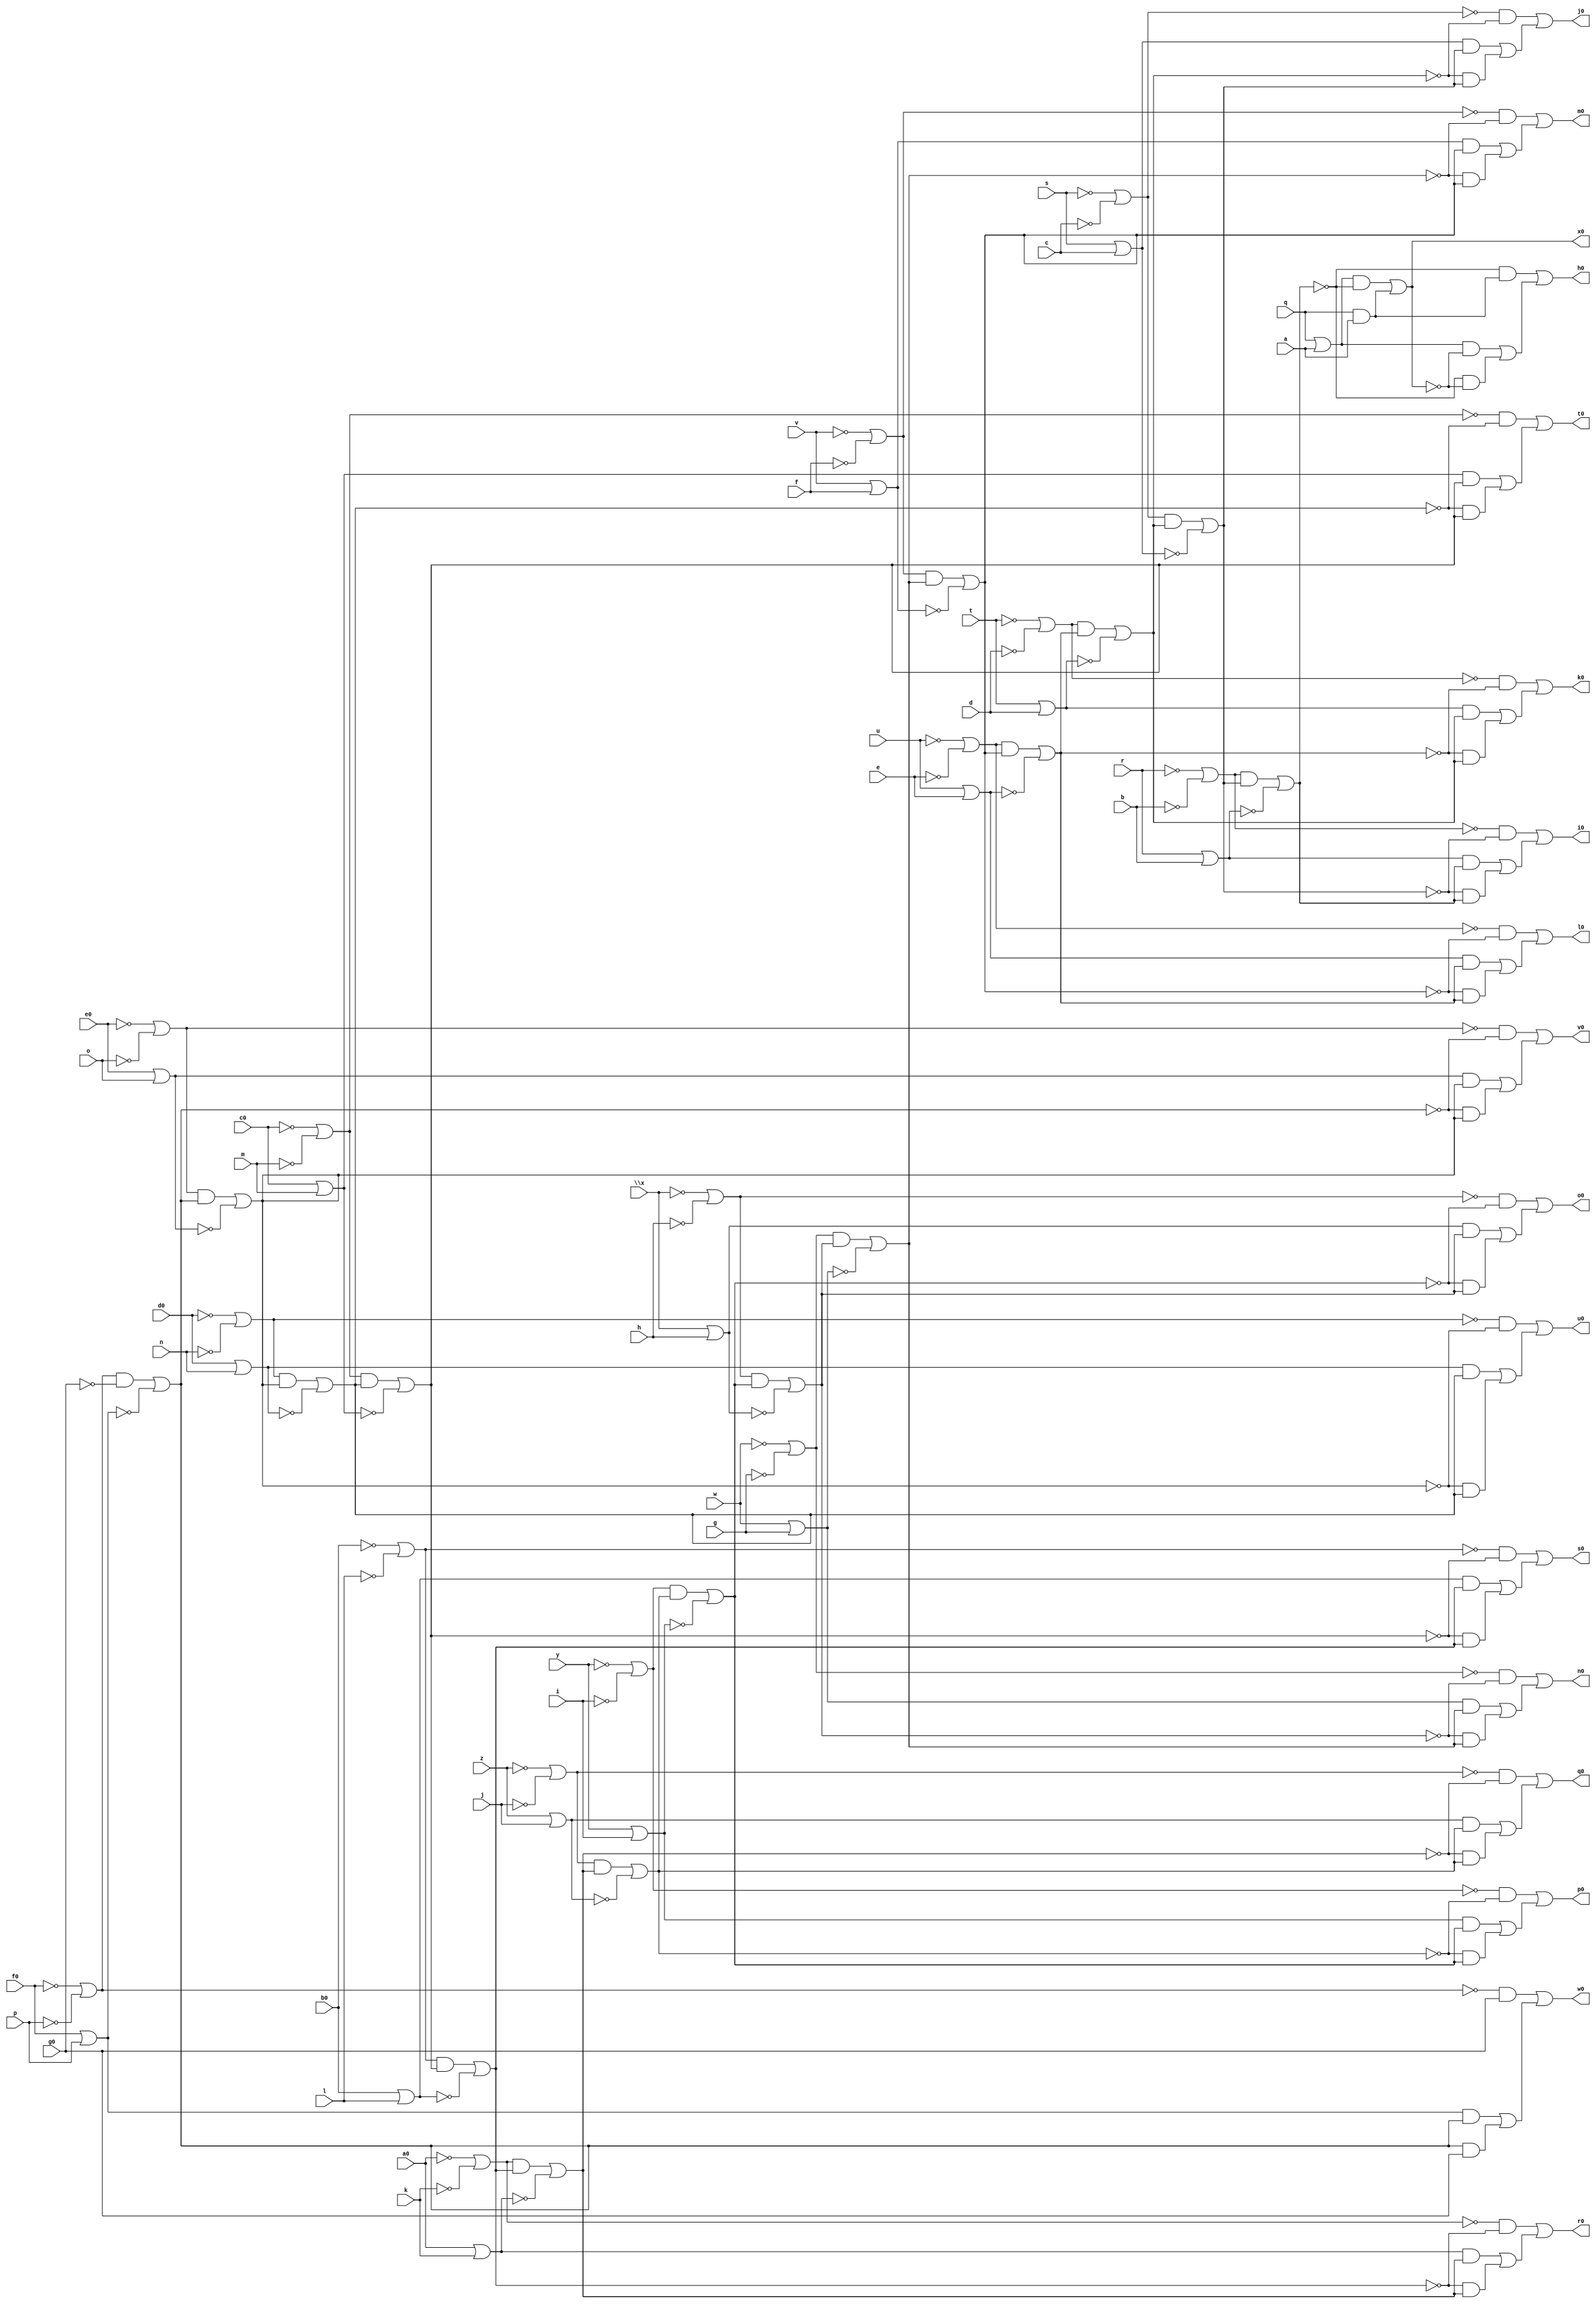
// IWLS benchmark module "ADDERFDS" printed on Wed May 29 16:09:12 2002
module ADDERFDS(a, b, c, d, e, f, g, h, i, j, k, l, m, n, o, p, q, r, s, t, u, v, w, \x , y, z, a0, b0, c0, d0, e0, f0, g0, h0, i0, j0, k0, l0, m0, n0, o0, p0, q0, r0, s0, t0, u0, v0, w0, x0);
input
  a,
  b,
  c,
  d,
  e,
  f,
  g,
  h,
  i,
  j,
  k,
  l,
  m,
  n,
  o,
  p,
  q,
  r,
  s,
  t,
  u,
  v,
  w,
  \x ,
  y,
  z,
  a0,
  b0,
  c0,
  d0,
  e0,
  f0,
  g0;
output
  h0,
  i0,
  j0,
  k0,
  l0,
  m0,
  n0,
  o0,
  p0,
  q0,
  r0,
  s0,
  t0,
  u0,
  v0,
  w0,
  x0;
wire
  \[5] ,
  \[45] ,
  \[6] ,
  \[46] ,
  \[7] ,
  \[47] ,
  \[8] ,
  \[9] ,
  \[20] ,
  \[21] ,
  \[22] ,
  \[23] ,
  \[24] ,
  \[25] ,
  \[26] ,
  \[27] ,
  \[28] ,
  \[29] ,
  \[30] ,
  g2,
  \[31] ,
  h2,
  \[32] ,
  i2,
  \[33] ,
  j2,
  \[34] ,
  k2,
  \[35] ,
  l2,
  \[36] ,
  m2,
  \[37] ,
  n2,
  \[38] ,
  o2,
  \[39] ,
  p2,
  q2,
  \[10] ,
  r2,
  \[11] ,
  s2,
  \[12] ,
  t2,
  \[13] ,
  u2,
  \[14] ,
  \[15] ,
  \[0] ,
  \[40] ,
  \[16] ,
  \[1] ,
  \[41] ,
  \[17] ,
  \[2] ,
  \[42] ,
  \[18] ,
  \[3] ,
  \[43] ,
  \[19] ,
  \[4] ,
  \[44] ;
assign
  \[5]  = (~\[37]  & ~p2) | ((\[22]  & q2) | (~p2 & q2)),
  \[45]  = ~d0 | ~n,
  \[6]  = (~\[38]  & ~o2) | ((\[23]  & p2) | (~o2 & p2)),
  \[46]  = ~e0 | ~o,
  \[7]  = (~\[39]  & ~n2) | ((\[24]  & o2) | (~n2 & o2)),
  \[47]  = ~f0 | ~p,
  \[8]  = (~\[40]  & ~m2) | ((\[25]  & n2) | (~m2 & n2)),
  \[9]  = (~\[41]  & ~l2) | ((\[26]  & m2) | (~l2 & m2)),
  \[20]  = t | d,
  \[21]  = u | e,
  \[22]  = v | f,
  \[23]  = w | g,
  \[24]  = \x  | h,
  \[25]  = y | i,
  \[26]  = z | j,
  \[27]  = a0 | k,
  \[28]  = b0 | l,
  \[29]  = c0 | m,
  \[30]  = d0 | n,
  g2 = (\[47]  & ~g0) | ~\[32] ,
  h0 = \[0] ,
  \[31]  = e0 | o,
  h2 = (\[46]  & g2) | ~\[31] ,
  i0 = \[1] ,
  \[32]  = f0 | p,
  i2 = (\[45]  & h2) | ~\[30] ,
  j0 = \[2] ,
  \[33]  = ~r | ~b,
  j2 = (\[44]  & i2) | ~\[29] ,
  k0 = \[3] ,
  \[34]  = ~s | ~c,
  k2 = (\[43]  & j2) | ~\[28] ,
  l0 = \[4] ,
  \[35]  = ~t | ~d,
  l2 = (\[42]  & k2) | ~\[27] ,
  m0 = \[5] ,
  \[36]  = ~u | ~e,
  m2 = (\[41]  & l2) | ~\[26] ,
  n0 = \[6] ,
  \[37]  = ~v | ~f,
  n2 = (\[40]  & m2) | ~\[25] ,
  o0 = \[7] ,
  \[38]  = ~w | ~g,
  o2 = (\[39]  & n2) | ~\[24] ,
  p0 = \[8] ,
  \[39]  = ~\x  | ~h,
  p2 = (\[38]  & o2) | ~\[23] ,
  q0 = \[9] ,
  q2 = (\[37]  & p2) | ~\[22] ,
  \[10]  = (~\[42]  & ~k2) | ((\[27]  & l2) | (~k2 & l2)),
  r0 = \[10] ,
  r2 = (\[36]  & q2) | ~\[21] ,
  \[11]  = (~\[43]  & ~j2) | ((\[28]  & k2) | (~j2 & k2)),
  s0 = \[11] ,
  s2 = (\[35]  & r2) | ~\[20] ,
  \[12]  = (~\[44]  & ~i2) | ((\[29]  & j2) | (~i2 & j2)),
  t0 = \[12] ,
  t2 = (\[34]  & s2) | ~\[19] ,
  \[13]  = (~\[45]  & ~h2) | ((\[30]  & i2) | (~h2 & i2)),
  u0 = \[13] ,
  u2 = (\[33]  & t2) | ~\[18] ,
  \[14]  = (~\[46]  & ~g2) | ((\[31]  & h2) | (~g2 & h2)),
  v0 = \[14] ,
  \[15]  = (~\[47]  & g0) | ((\[32]  & g2) | (g2 & g0)),
  \[0]  = (~u2 & (q & a)) | ((\[17]  & ~\[16] ) | (~u2 & ~\[16] )),
  w0 = \[15] ,
  \[40]  = ~y | ~i,
  \[16]  = (\[17]  & ~u2) | (q & a),
  \[1]  = (~\[33]  & ~t2) | ((\[18]  & u2) | (~t2 & u2)),
  x0 = \[16] ,
  \[41]  = ~z | ~j,
  \[17]  = q | a,
  \[2]  = (~\[34]  & ~s2) | ((\[19]  & t2) | (~s2 & t2)),
  \[42]  = ~a0 | ~k,
  \[18]  = r | b,
  \[3]  = (~\[35]  & ~r2) | ((\[20]  & s2) | (~r2 & s2)),
  \[43]  = ~b0 | ~l,
  \[19]  = s | c,
  \[4]  = (~\[36]  & ~q2) | ((\[21]  & r2) | (~q2 & r2)),
  \[44]  = ~c0 | ~m;
endmodule